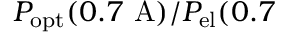
P _ { \mathrm { o p t } } ( 0 . 7 \mathrm { ~ A } ) / P _ { \mathrm { e l } } ( 0 . 7